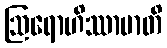
ဩရောဟိဿာမာတိ